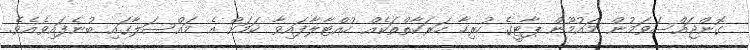
ގޮންޖައްސަވަމުން މައުމޫން ޕާޓީގެ ހުރިހާ ހަރަކާތްތަކެއް ހުއްޓާލާފައިވާ ކަމަށް އެ މައްސަލާގައި ބުނެފައިވެއެވެ.